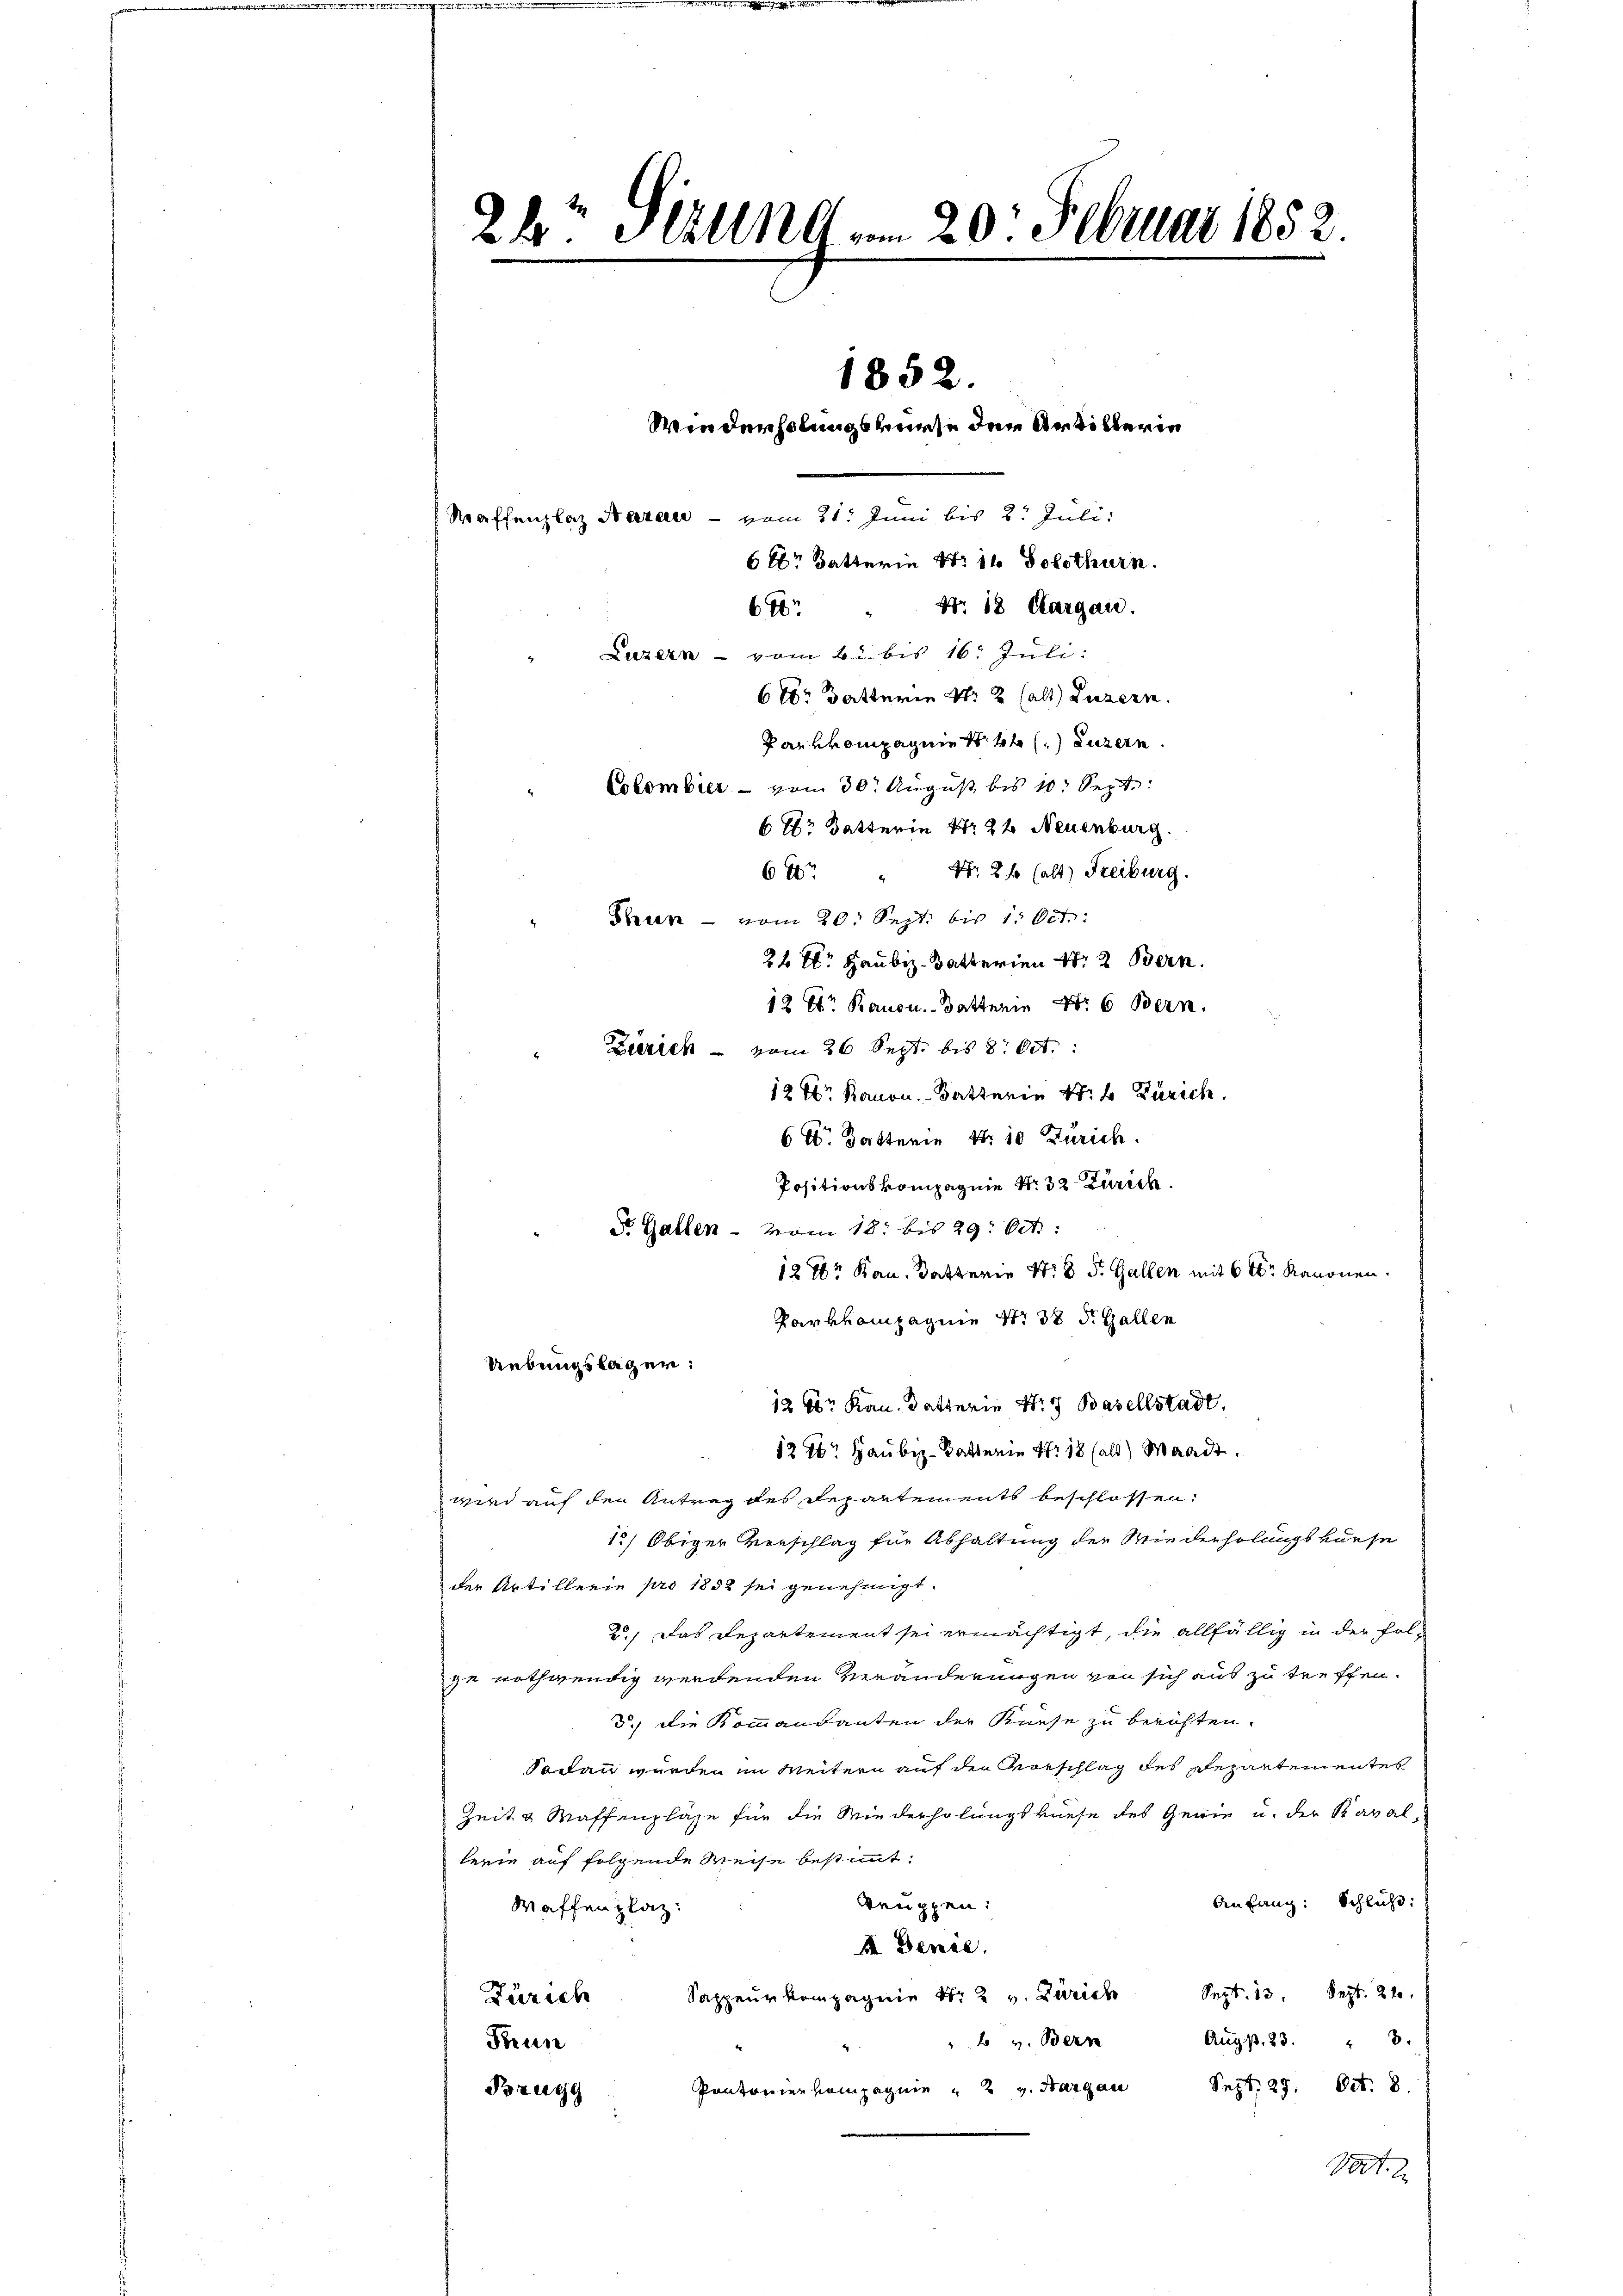
24. Stund 20. Februar 1852.

1852.
Wiederholungsverse der Artillerin
Kaffenplaz Naran - vom 21. Juni bis 2. Juli.
6t. " Nr. 18 Aargau.
Luzern - vom 2. bis 16. Juli:
6tr atterin S. 2 (alt) Luzern.
Parvkompagnie N. 44 () Luzern
Colombier - vom 30. August bis 10. Sept:
6 Xr Batterin Nr 22 Neuenburg.
64 " Nr. 26 (alt) Freiburg.
Treuen - vom 20. Sept. bis 1. Oct.
24 Xr Haubiz-Batterien S. 2 Bern
12 kr. Kanon. Batterin Nr 6 Bern.
Zürich - vom 26 Sept. bis 8. Oct.
12 Xr Kanon. Batterin W. B. Zürich

6 Dotterie N. 10 Zürich.
Positionskompagnie Nr. 32 Zürich
d. Gallen - vom 18. bis 29. Oct.
12 7r Kan. Satterie Nr. 8 S. Gallen mit 6 Xr Kanonen.
Parkkompagnie Nr. 38 d. Gallen
126r Kan. Dotterin Nr. 7 Basellstadt.
12 Xr Haubiz-Katterie Nr. 18 (alt) Waadt.
wird auf den Antrag des Departements beschlossen:
12) Obiger Vorschlag für Abhaltung der Wiederholungskurse
der Artillerie pro 1852 sei genehmigt.
2.) Das Departement sei ermächtigt, die allfällig in der Folge nothwendig werdenden Veränderungen von sich aus zu treffen.
3.) Die Kommandanten der Kiese zu berichten.
Sodann werden im Weitern auf den Vorschlag des Repartementes
Zeit & Waffenpläge für die Wiederholungsveese des Genie u. der Kaval,
lerie auf folgende Weise bestimmt.
Anfang: Schluß:
truppen:
Waffenplaz:
I Denie.
Düzech Sappeurkompagnie Nr. 2 v. Zürich Sept. 13 Sept. 21.
Aŭg p. 23. " 3.
 v. Bern
Freun
Sept. 29. Oct. 8.
Pontonier kompagnie 2 v. Hargau
Bzugg
Vot. 2

Uebungslagen:

6 kr Batterin Nr 16 Solothurn.